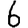
Digit: 6